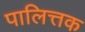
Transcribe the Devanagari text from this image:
पालित्तक